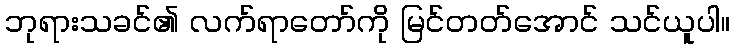
ဘုရားသခင်၏ လက်ရာတော်ကို မြင်တတ်အောင် သင်ယူပါ။